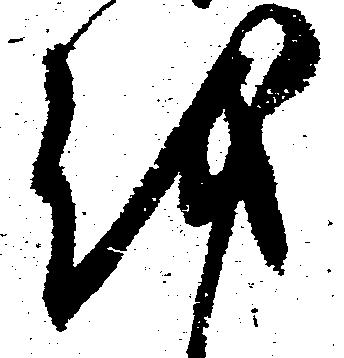
越